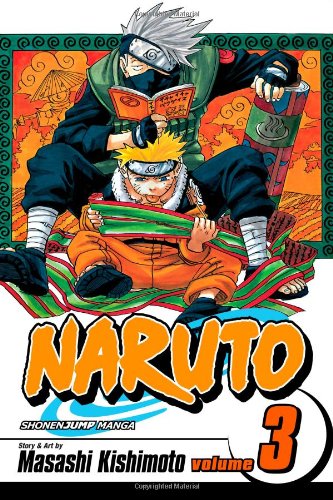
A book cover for Naruto, Vol. 3: Dreams; Masashi Kishimoto; Children's Books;